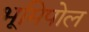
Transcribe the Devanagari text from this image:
भूमिपोल